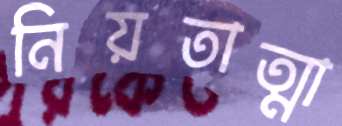
নিয়তাত্মা